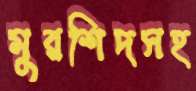
মুরশিদসহ